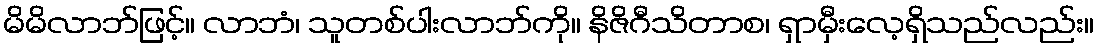
မိမိလာဘ်ဖြင့်။ လာဘံ၊ သူတစ်ပါးလာဘ်ကို။ နိဇိဂီသိတာစ၊ ရှာမှီးလေ့ရှိသည်လည်း။